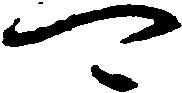
可